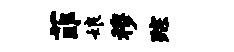
菲娘穆踪